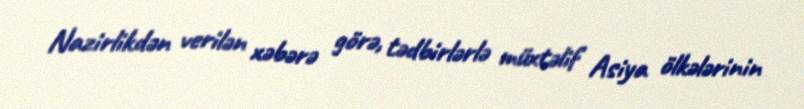
Nazirlikdən verilən xəbərə görə, tədbirlərlə müxtəlif Asiya ölkələrinin